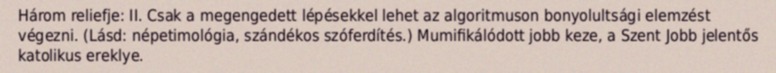
Három reliefje: II. Csak a megengedett lépésekkel lehet az algoritmuson bonyolultsági elemzést végezni. (Lásd: népetimológia, szándékos szóferdítés.) Mumifikálódott jobb keze, a Szent Jobb jelentős katolikus ereklye.